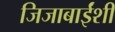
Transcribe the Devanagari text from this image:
जिजाबाईंशी